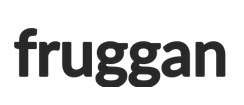
fruggan